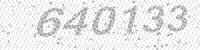
Solution: 640133